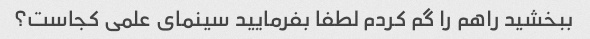
ببخشید راهم را گم کردم لطفا بفرمایید سینمای علمی کجاست؟